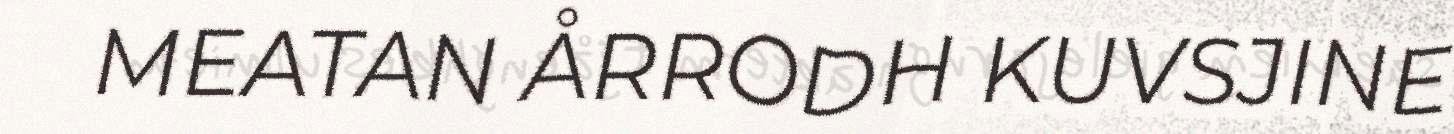
MEATAN ÅRRODH KUVSJINE